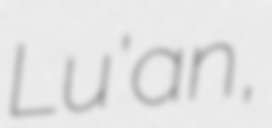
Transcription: Lu'an,